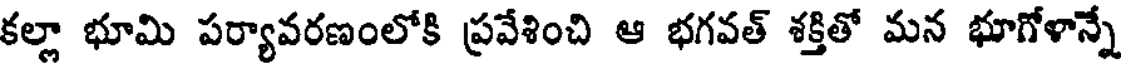
కల్లా భూమి పర్యావరణంలోకి ప్రవేశించి ఆ భగవత్ శక్తితో మన భూగోళాన్నే